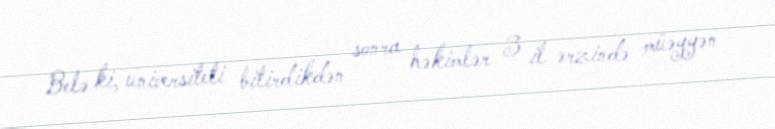
Belə ki, universiteti bitirdikdən sonra həkimlər 3 il ərzində müəyyən